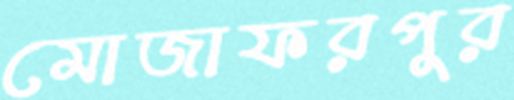
মোজাফরপুর